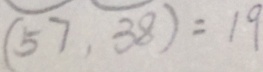
( \widehat { 5 7 } , \widehat { 3 8 } ) = 1 9